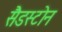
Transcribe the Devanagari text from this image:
सैडस्टोन